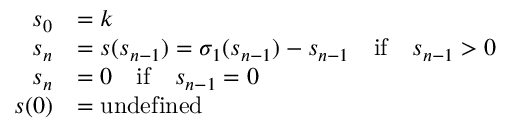
{ \begin{array} { r l } { s _ { 0 } } & { = k } \\ { s _ { n } } & { = s ( s _ { n - 1 } ) = \sigma _ { 1 } ( s _ { n - 1 } ) - s _ { n - 1 } \quad { \mathrm { i f } } \quad s _ { n - 1 } > 0 } \\ { s _ { n } } & { = 0 \quad { \mathrm { i f } } \quad s _ { n - 1 } = 0 } \\ { s ( 0 ) } & { = { \mathrm { u n d e f i n e d } } } \end{array} }